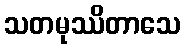
သတမုဿိတာသေ